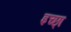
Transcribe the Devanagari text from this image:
इच्छा्